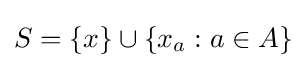
S=\{x\}\cup \left\{x_{a}:a\in A\right\}